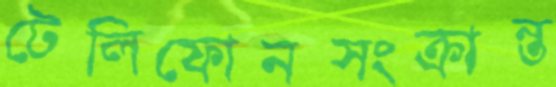
টেলিফোনসংক্রান্ত